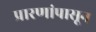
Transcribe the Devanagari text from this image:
प्रारणांपासून